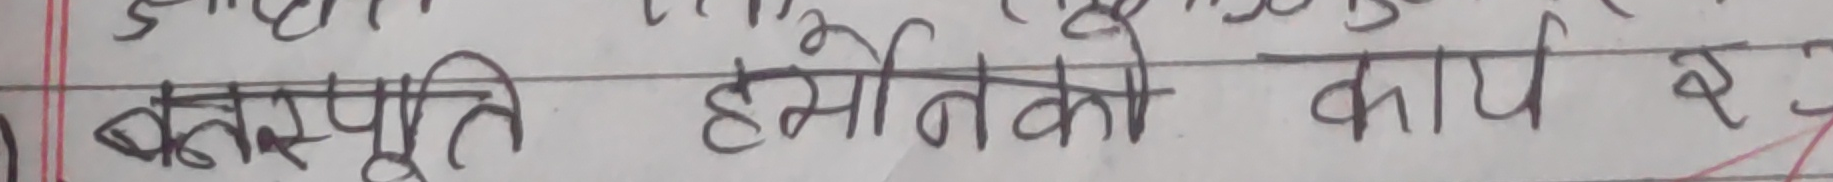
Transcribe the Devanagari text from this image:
वनस्पति हर्मोनको कार्य र